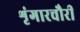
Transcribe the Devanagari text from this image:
शृंगारचौरी